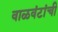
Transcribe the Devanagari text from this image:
वाळवंटांची